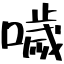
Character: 噦